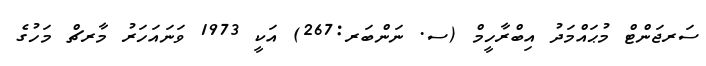
ސަރޖަންޓް މުޙައްމަދު އިބްރާހީމް (ސ. ނަންބަރ:267) އަކީ 1973 ވަނައަހަރު މާރޗް މަހުގެ